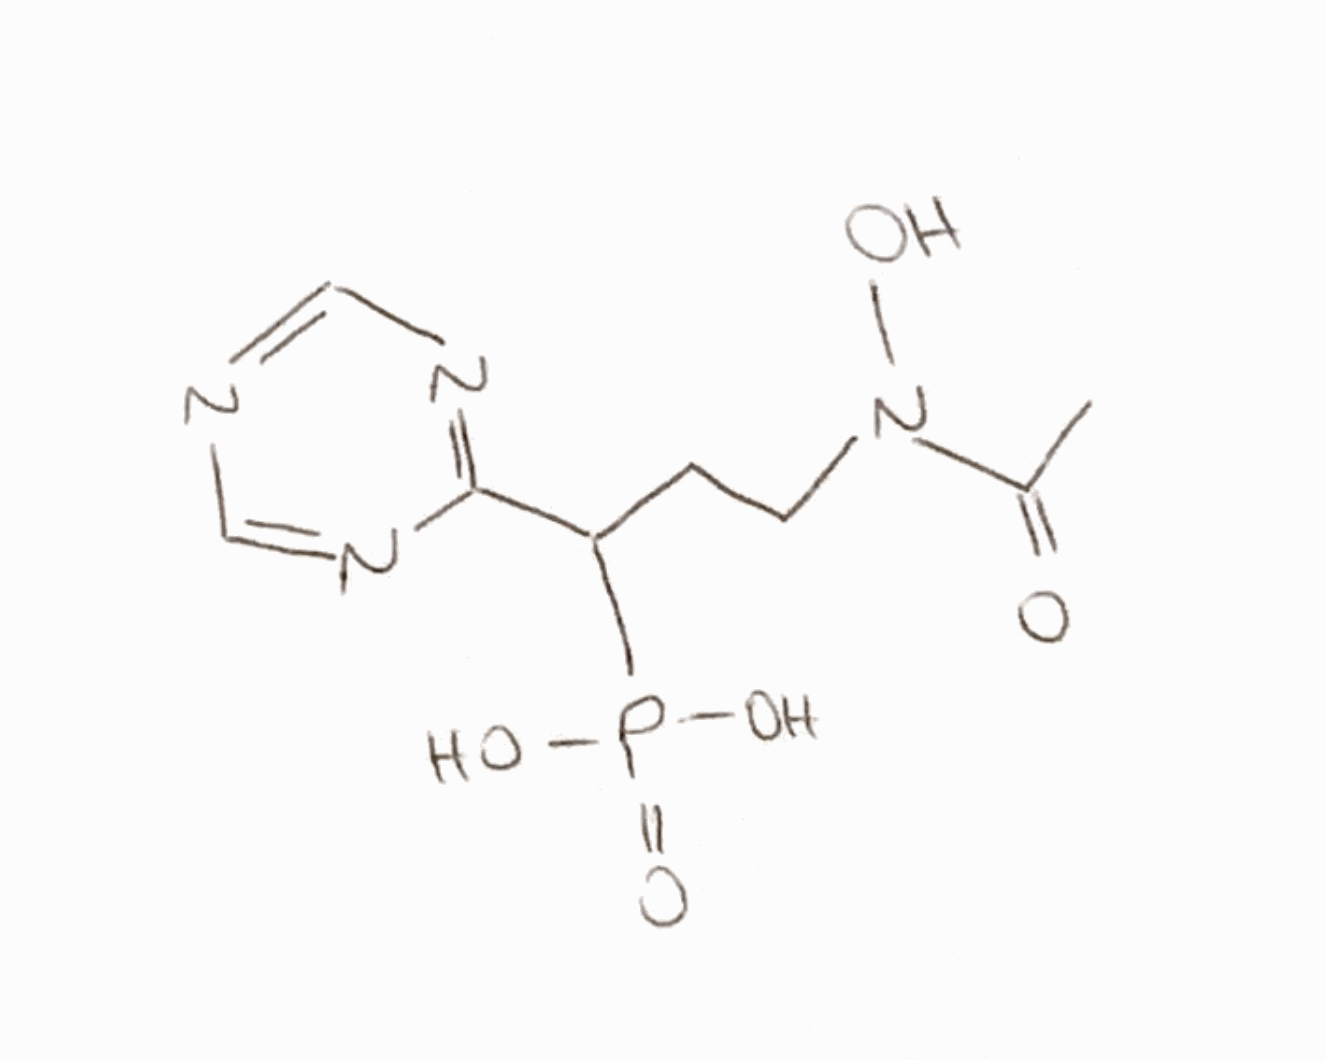
Simplified molecular-input line-entry system (SMILES) notation of the given molecule:
CC(=O)N(CCC(C1=NC=NC=N1)P(=O)(O)O)O